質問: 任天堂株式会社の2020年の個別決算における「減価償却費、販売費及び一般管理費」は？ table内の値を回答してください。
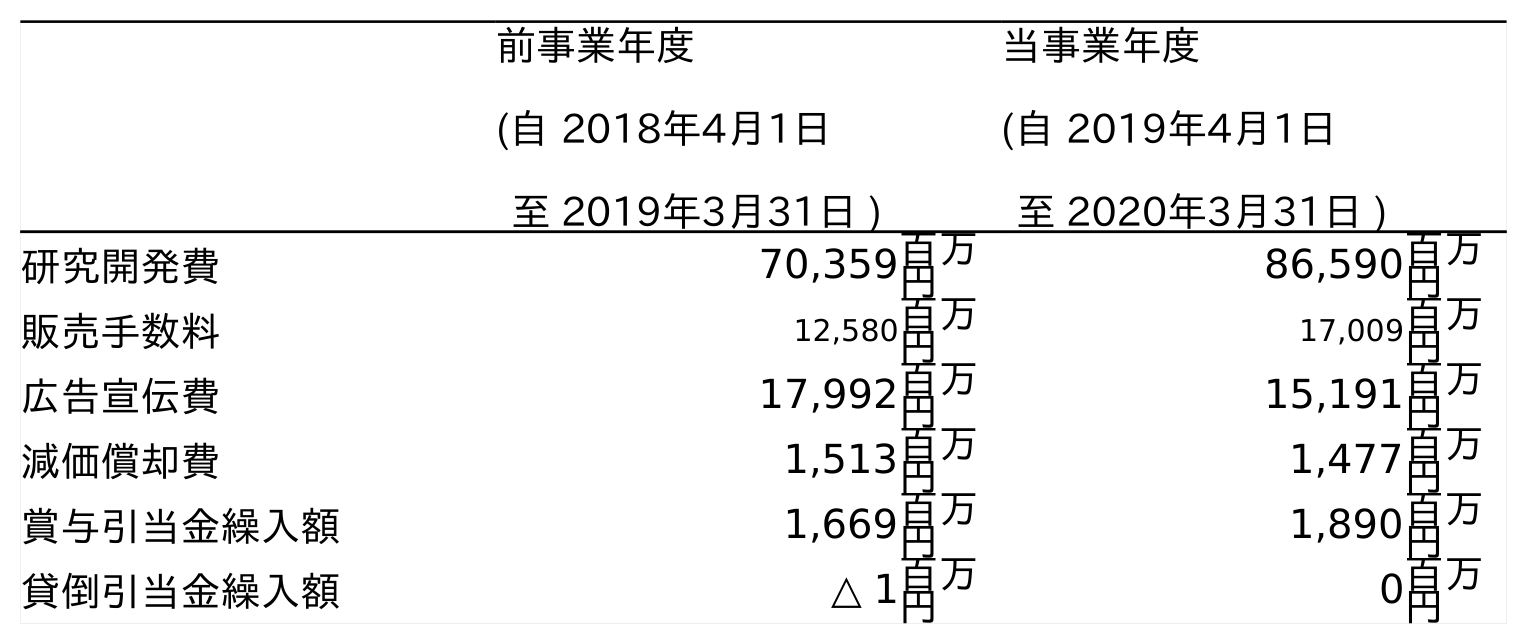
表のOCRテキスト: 前事業年度 (自 2018年4月1日 至 2019年3月31日 ) 当事業年度 (自 2019年4月1日 至 2020年3月31日 ) 研究開発費 70,359百万 円 86,590百万 円 販売手数料 12,580百万 円 17,009百万 円 広告宣伝費 17,992百万 円 15,191百万 円 減価償却費 1,513百万 円 1,477百万 円 賞与引当金繰入額 1,669百万 円 1,890百万 円 貸倒引当金繰入額 △ 1百万 円 0百万 円
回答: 1,477